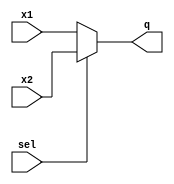
`timescale 1ns/1ns
module mux21 #(parameter n = 1)(sel, x1, x2, q);
  input sel;
  input signed[n:0] x1;
  input signed[n:0] x2;
  output signed [n:0] q;
  assign q = sel ? x2 : (sel == 0 ? x1 : x1);
endmodule